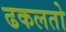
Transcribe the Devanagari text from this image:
ढकलतो